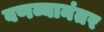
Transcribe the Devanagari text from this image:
वणव्यानंतर